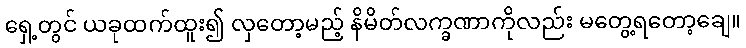
ရှေ့တွင် ယခုထက်ထူး၍ လှတော့မည့် နိမိတ်လက္ခဏာကိုလည်း မတွေ့ရတော့ချေ။